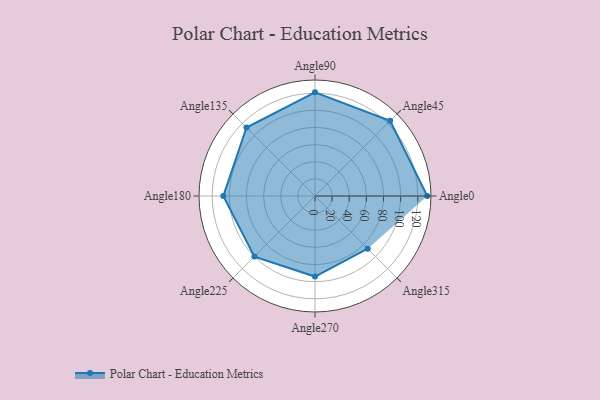
{"axis": {"x": "Angle", "y": "Radius"}, "legend": [""], "data": [{"x": "Angle0", "y": 131.0, "type": ""}, {"x": "Angle45", "y": 124.0, "type": ""}, {"x": "Angle90", "y": 121.0, "type": ""}, {"x": "Angle135", "y": 113.0, "type": ""}, {"x": "Angle180", "y": 107.0, "type": ""}, {"x": "Angle225", "y": 100.0, "type": ""}, {"x": "Angle270", "y": 94.0, "type": ""}, {"x": "Angle315", "y": 87.0, "type": ""}]}